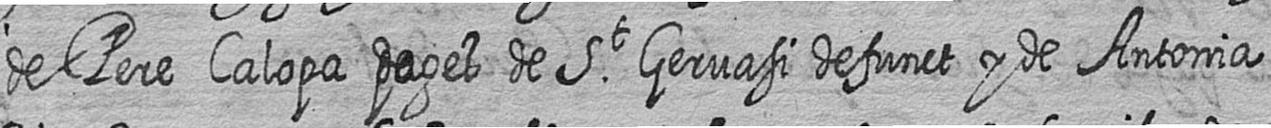
de Pere Calopa pages de St Gervasi defunct y de Antonia